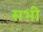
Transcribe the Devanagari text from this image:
सभी